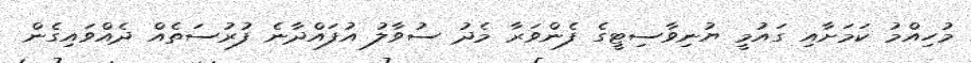
މުހިއްމު ކަމަށާއި ގައުމީ ޔުނިވާސިޓީގެ ފެންވަރާ މެދު ސުވާލު އުފައްދާނެ ފުރުސަތެއް ދެއްވައިގެން